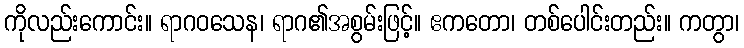
ကိုလည်းကောင်း။ ရာဂဝသေန၊ ရာဂ၏အစွမ်းဖြင့်။ ဧကတော၊ တစ်ပေါင်းတည်း။ ကတွာ၊